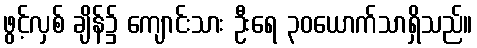
ဖွင့်လှစ် ချိန်၌ ကျောင်းသား ဦးရေ ၃၀ယောက်သာရှိသည်။